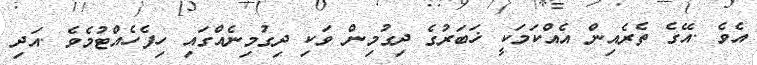
އެވެ .އޭގެ ތެރެއިން އެއްކަމަކީ ޚަބަރުގެ ދިގުމިން ވަކި ދިގުމިނެއްގައި ހިފެހެއްޓުމެވެ .އަދި